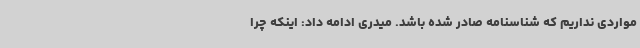
مواردی نداریم که شناسنامه صادر شده باشد. میدری ادامه داد: اینکه چرا